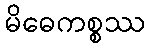
မိဓေကစ္စဿ